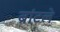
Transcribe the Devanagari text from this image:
ब्रांटले